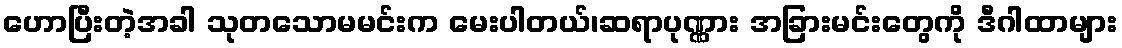
ဟောပြီးတဲ့အခါ သုတသောမမင်းက မေးပါတယ်၊ဆရာပုဏ္ဏား အခြားမင်းတွေကို ဒီဂါထာများ